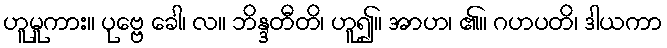
ဟူမူကား။ ပုဗ္ဗေ ခေါ၊ လ။ ဘိန္ဒတီတိ၊ ဟူ၍။ အာဟ၊ ၏။ ဂဟပတိ၊ ဒါယကာ